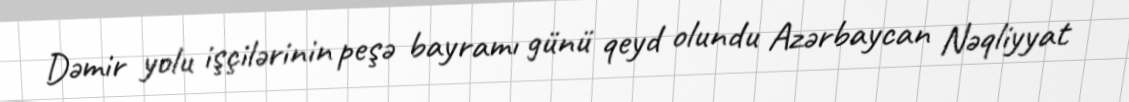
Dəmir yolu işçilərinin peşə bayramı günü qeyd olundu Azərbaycan Nəqliyyat